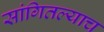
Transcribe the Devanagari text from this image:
सांगितल्याच